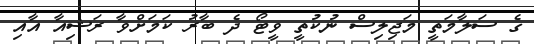
ގެ ސަލާމަތީ މަޖިލިސް ނުކުތީ ވީޓޯ ދެ ބާރު ކަމަށްވާ ރަޝިއާ އާއި